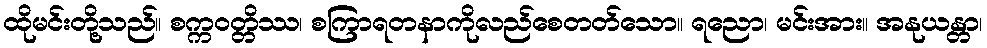
ထိုမင်းတို့သည်။ စက္ကဝတ္တိဿ၊ စကြာရတနာကိုလည်စေတတ်သော။ ရညော၊ မင်းအား။ အနုယန္တာ၊